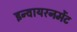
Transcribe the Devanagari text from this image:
इन्वायरनमेंट